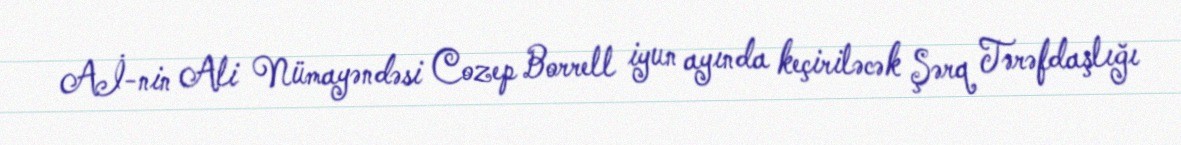
Aİ-nin Ali Nümayəndəsi Cozep Borrell iyun ayında keçiriləcək Şərq Tərəfdaşlığı